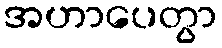
အဟာပေတွာ